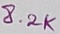
Text: 8.2K